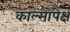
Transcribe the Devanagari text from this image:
काल्सापेक्ष